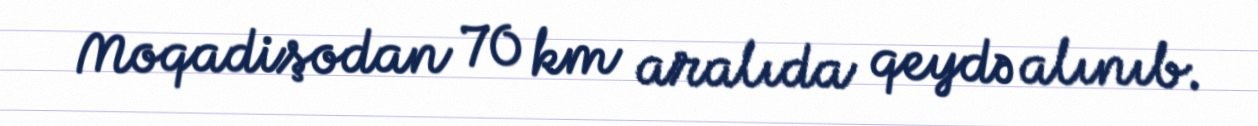
Moqadişodan 70 km aralıda qeydə alınıb.